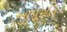
આપૂરતિ